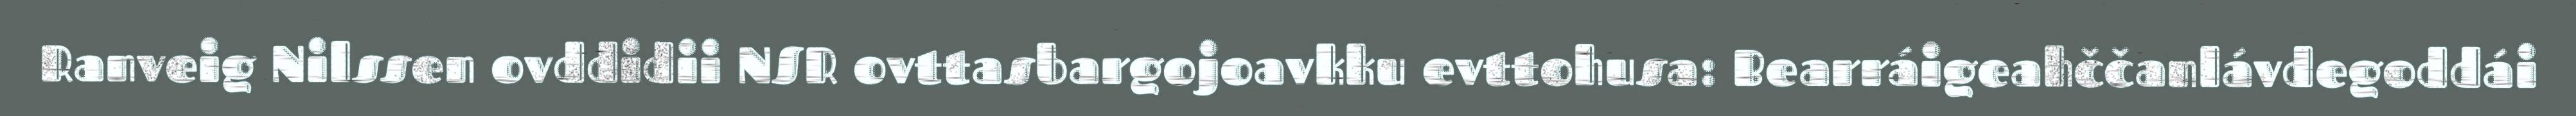
Ranveig Nilssen ovddidii NSR ovttasbargojoavkku evttohusa: Bearráigeahččanlávdegoddái